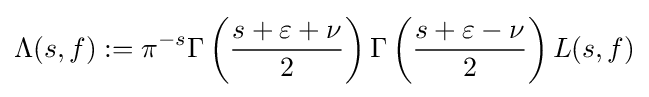
\Lambda (s,f):=\pi ^{-s}\Gamma \left({\frac {s+\varepsilon +\nu }{2}}\right)\Gamma \left({\frac {s+\varepsilon -\nu }{2}}\right)L(s,f)